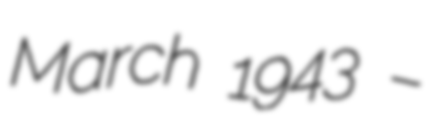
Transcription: March 1943 –